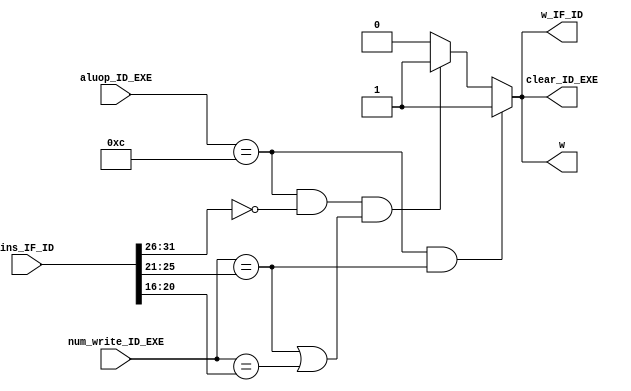
module detect(aluop_ID_EXE,num_write_ID_EXE,ins_IF_ID,w,w_IF_ID,clear_ID_EXE);

	input [3:0]aluop_ID_EXE;
	input [31:0]ins_IF_ID;
	input [4:0]num_write_ID_EXE;
	
	output reg clear_ID_EXE;
	output reg w;
	output reg w_IF_ID;


	always@(*) 
		begin
			clear_ID_EXE<=0;
			w<=0;
			w_IF_ID<=0;
			if((aluop_ID_EXE==4'b1100)&&(ins_IF_ID[31:26]==6'b000000)&&((num_write_ID_EXE==ins_IF_ID[25:21])||(num_write_ID_EXE==ins_IF_ID[20:16]))) 
				begin
					clear_ID_EXE<=1;
					w<=1;
					w_IF_ID<=1;					
				end
			if((aluop_ID_EXE==4'b1100)&&(num_write_ID_EXE==ins_IF_ID[25:21])) 
				begin
					clear_ID_EXE<=1;
					w<=1;
					w_IF_ID<=1;
				end
		end
endmodule